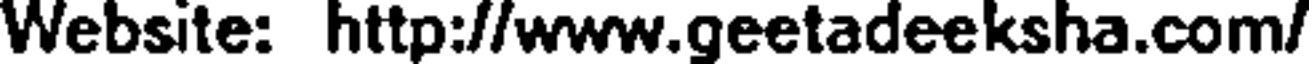
Website: http://www.geetadeeksha.com/